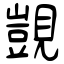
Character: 覬